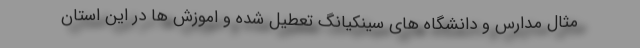
مثال مدارس و دانشگاه های سینکیانگ تعطیل شده و اموزش ها در این استان